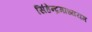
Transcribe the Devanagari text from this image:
सिंहेन्द्रमाध्ययम